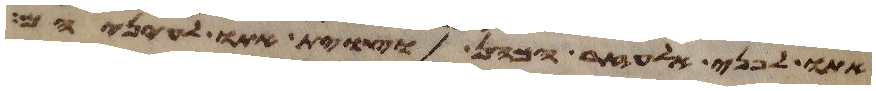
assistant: ולפני כל העדה וצוית אתו לעיניהם